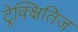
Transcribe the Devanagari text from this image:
ट्रेक्क्षितिज